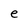
Character: e